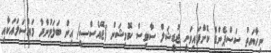
ނިހާޔަތު ސަސްޕެންޑް ކޮށްފައިވަނީ ޖުޑީޝަލް ސާވިސް ކޮމިޝަން (ޖޭއެސްސީ) އިން ބަލަމުންދާ މައްސަލައަކާއި